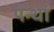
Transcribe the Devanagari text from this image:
पन्थां